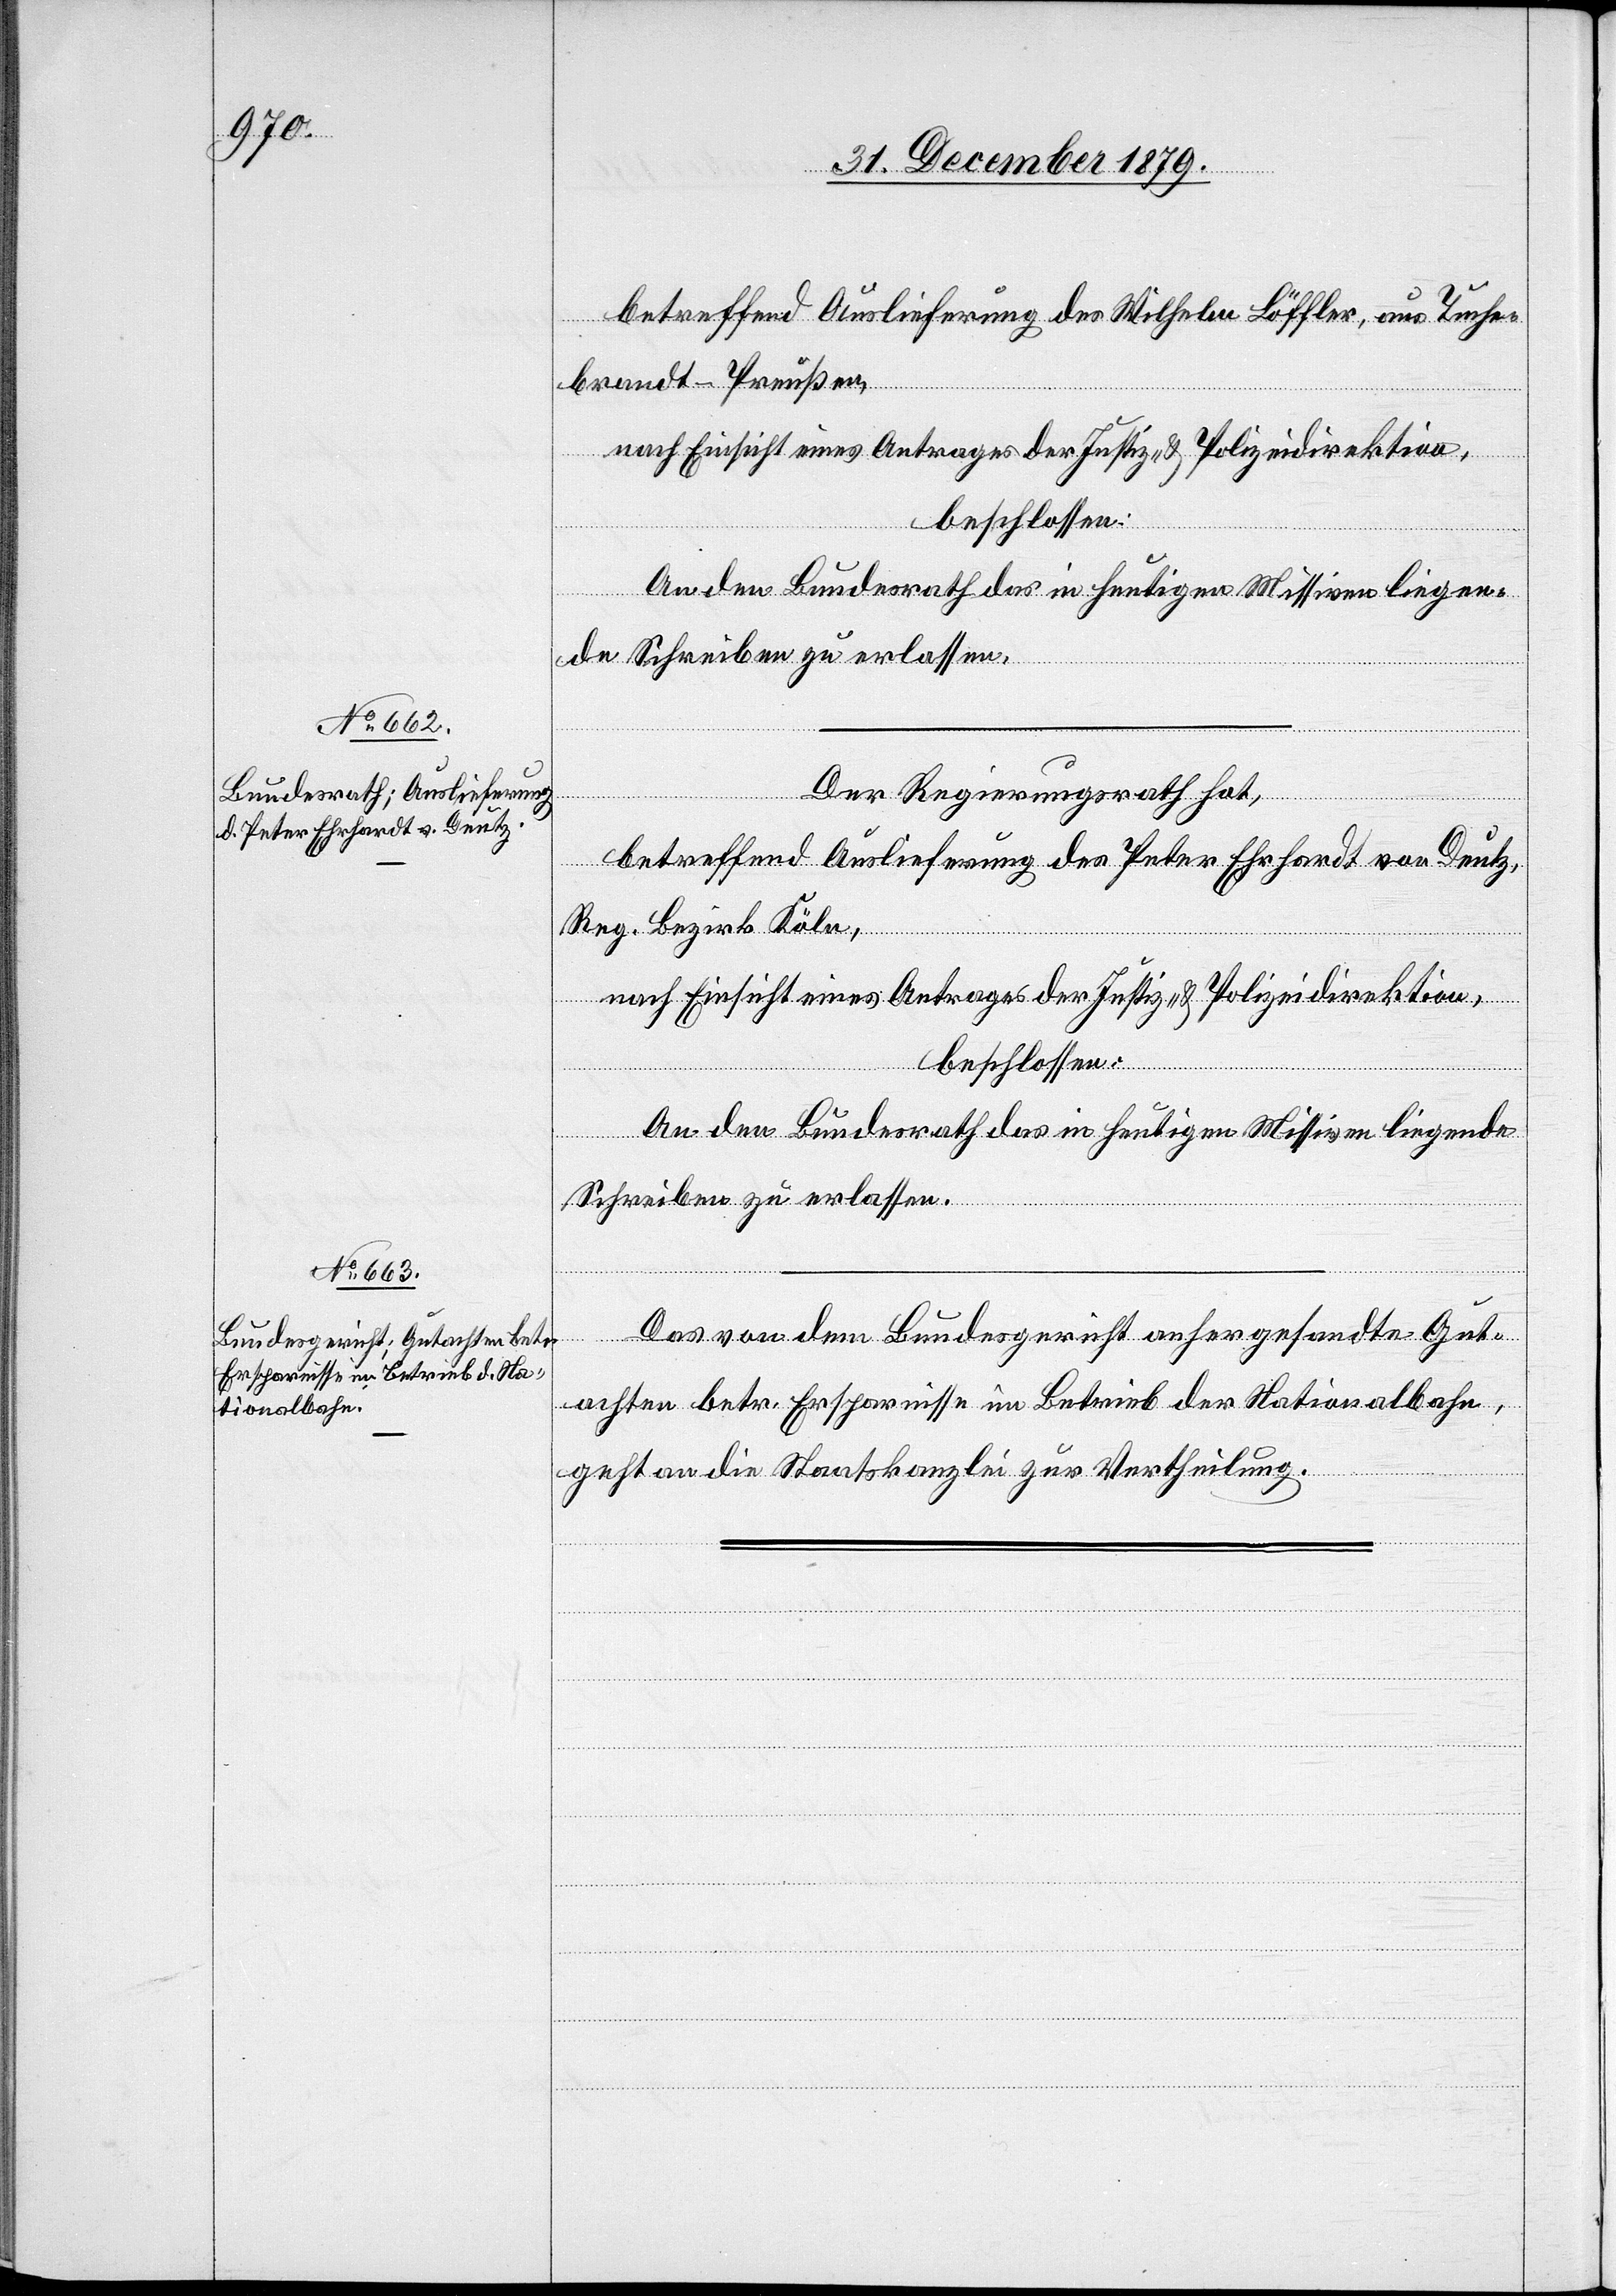
02.
betreffend Auslieferung des Wilhelm Löffler, aus Tuche¬
brandt - Preußen,
nach Einsicht eines Antrages der Justiz- & Polizeidirektion,
beschlossen:
An den Bundesrath das in heutigen Missiven liegen¬
de Schreiben zu erlassen.
02.
Der Regierungsrath hat,
betreffend Auslieferung des Peter Ehrhardt von Deutz,
Reg. Bezirk Köln,
nach Einsicht eines Antrages der Justiz- & Polizeidirektion,
beschlossen:
An den Bundesrath das in heutigen Missiven liegende
erfügungen.
Schreiben zu erlassen.
Das von dem Bundesgericht anhergesandte Gut¬
achten betr. Ersparnisse im Betrieb der Nationalbahn
geht an die Staatskanzlei zur Vertheilung.